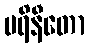
ပရိနီတော